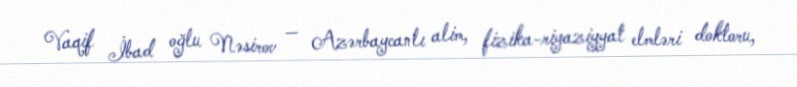
Vaqif İbad oğlu Nəsirov — Azərbaycanlı alim, fizika-riyaziyyat elmləri doktoru,